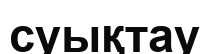
суықтау